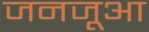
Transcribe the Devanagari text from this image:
जनजूआ